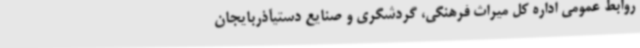
روابط ‌عمومی اداره‌ کل میراث‌ فرهنگی، گردشگری و صنایع‌ دستیآذربایجان